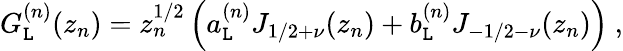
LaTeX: G_{\mathtt{L}}^{(n)}(z_{n})=z_{n}^{1/2}\left(a_{\mathtt{L}}^{(n)}J_{1/2+\nu}(z_{n})+b_{\mathtt{L}}^{(n)}J_{-1/2-\nu}(z_{n})\right)~,